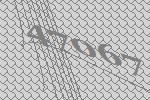
47067